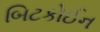
બિટકોઈન